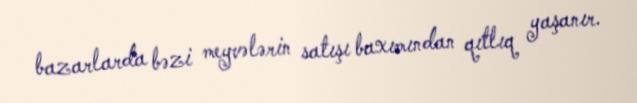
bazarlarda bəzi meyvələrin satışı baxımından qıtlıq yaşanır.